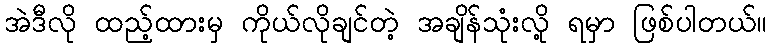
အဲဒီလို ထည့်ထားမှ ကိုယ်လိုချင်တဲ့ အချိန်သုံးလို့ ရမှာ ဖြစ်ပါတယ်။